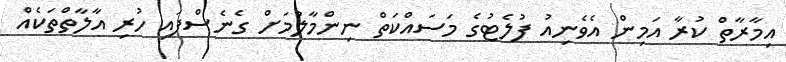
އިމާރާތް ކުރާ އަމިން އެވެނިއު ފުލެޓުގެ މަސައްކަތް ނިންމާލުމަށް ގެނެސްފައި ހުރި އާލާތްތަކެއް